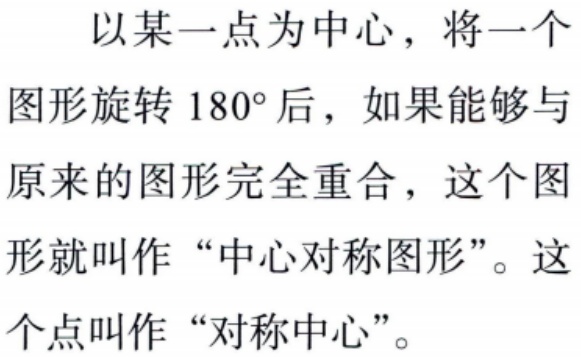
以某一点为中心，将一个图形旋转 \(180^{\circ}\)后，如果能够与原来的图形完全重合，这个图形就叫作“中心对称图形”。这个点叫作“对称中心”。